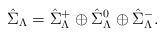
\begin{align*}\hat{\Sigma}_{{\Lambda}} = \hat{\Sigma}^+_{{\Lambda}} \oplus \hat{\Sigma}^0_{{\Lambda}} \oplus \hat{\Sigma}^-_{{\Lambda}}.\end{align*}